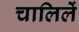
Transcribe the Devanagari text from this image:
चालिलें